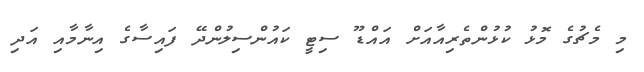
މި މެޗުގެ މޮޅު ކުޅުންތެރިއާއަށް އައްޑޫ ސިޓީ ކައުންސިލުންދޭ ފައިސާގެ އިނާމާއި އަދި